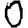
Digit: 0